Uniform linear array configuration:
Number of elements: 64
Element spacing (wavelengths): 1
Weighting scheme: binomial
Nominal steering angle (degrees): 0
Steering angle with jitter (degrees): -0.8392
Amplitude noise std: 0.05
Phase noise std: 0.05

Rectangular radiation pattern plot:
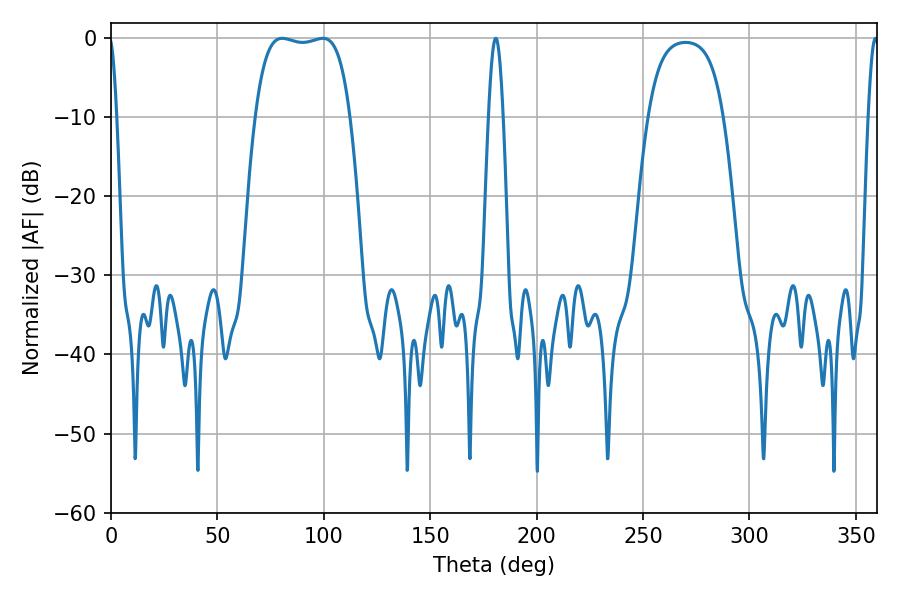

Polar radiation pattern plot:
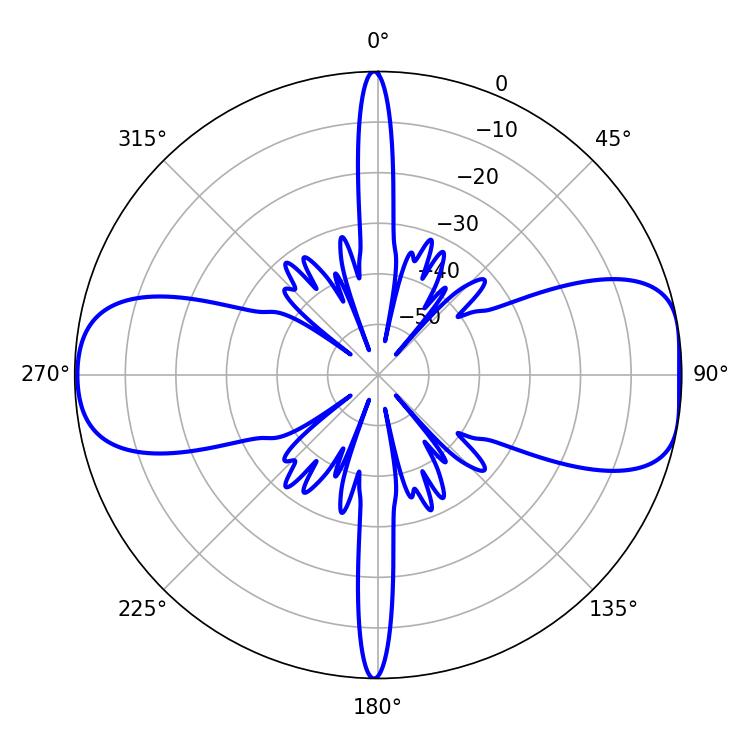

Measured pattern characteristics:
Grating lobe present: TRUE
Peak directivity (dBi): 9.623
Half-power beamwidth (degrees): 35.28
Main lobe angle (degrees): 80.46